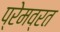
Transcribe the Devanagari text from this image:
प्रेमव्रत